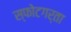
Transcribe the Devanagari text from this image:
स्फोटगर्ता